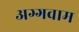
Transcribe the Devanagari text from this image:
अग्गवाम